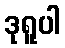
ဒုရူပါ